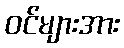
ဝင်များအား